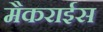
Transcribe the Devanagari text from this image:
मैकराईस